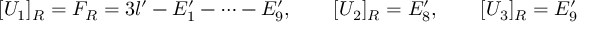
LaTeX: [ U _ { 1 } ] _ { R } = F _ { R } = 3 l ^ { \prime } - E _ { 1 } ^ { \prime } - \dots - E _ { 9 } ^ { \prime } , \qquad [ U _ { 2 } ] _ { R } = E _ { 8 } ^ { \prime } , \qquad [ U _ { 3 } ] _ { R } = E _ { 9 } ^ { \prime }